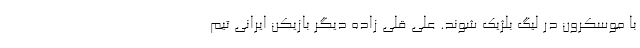
با موسکرون در لیگ بلژیک شوند. علی قلی زاده دیگر بازیکن ایرانی تیم